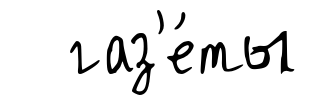
газ'е́ты